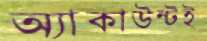
অ্যাকাউন্টই